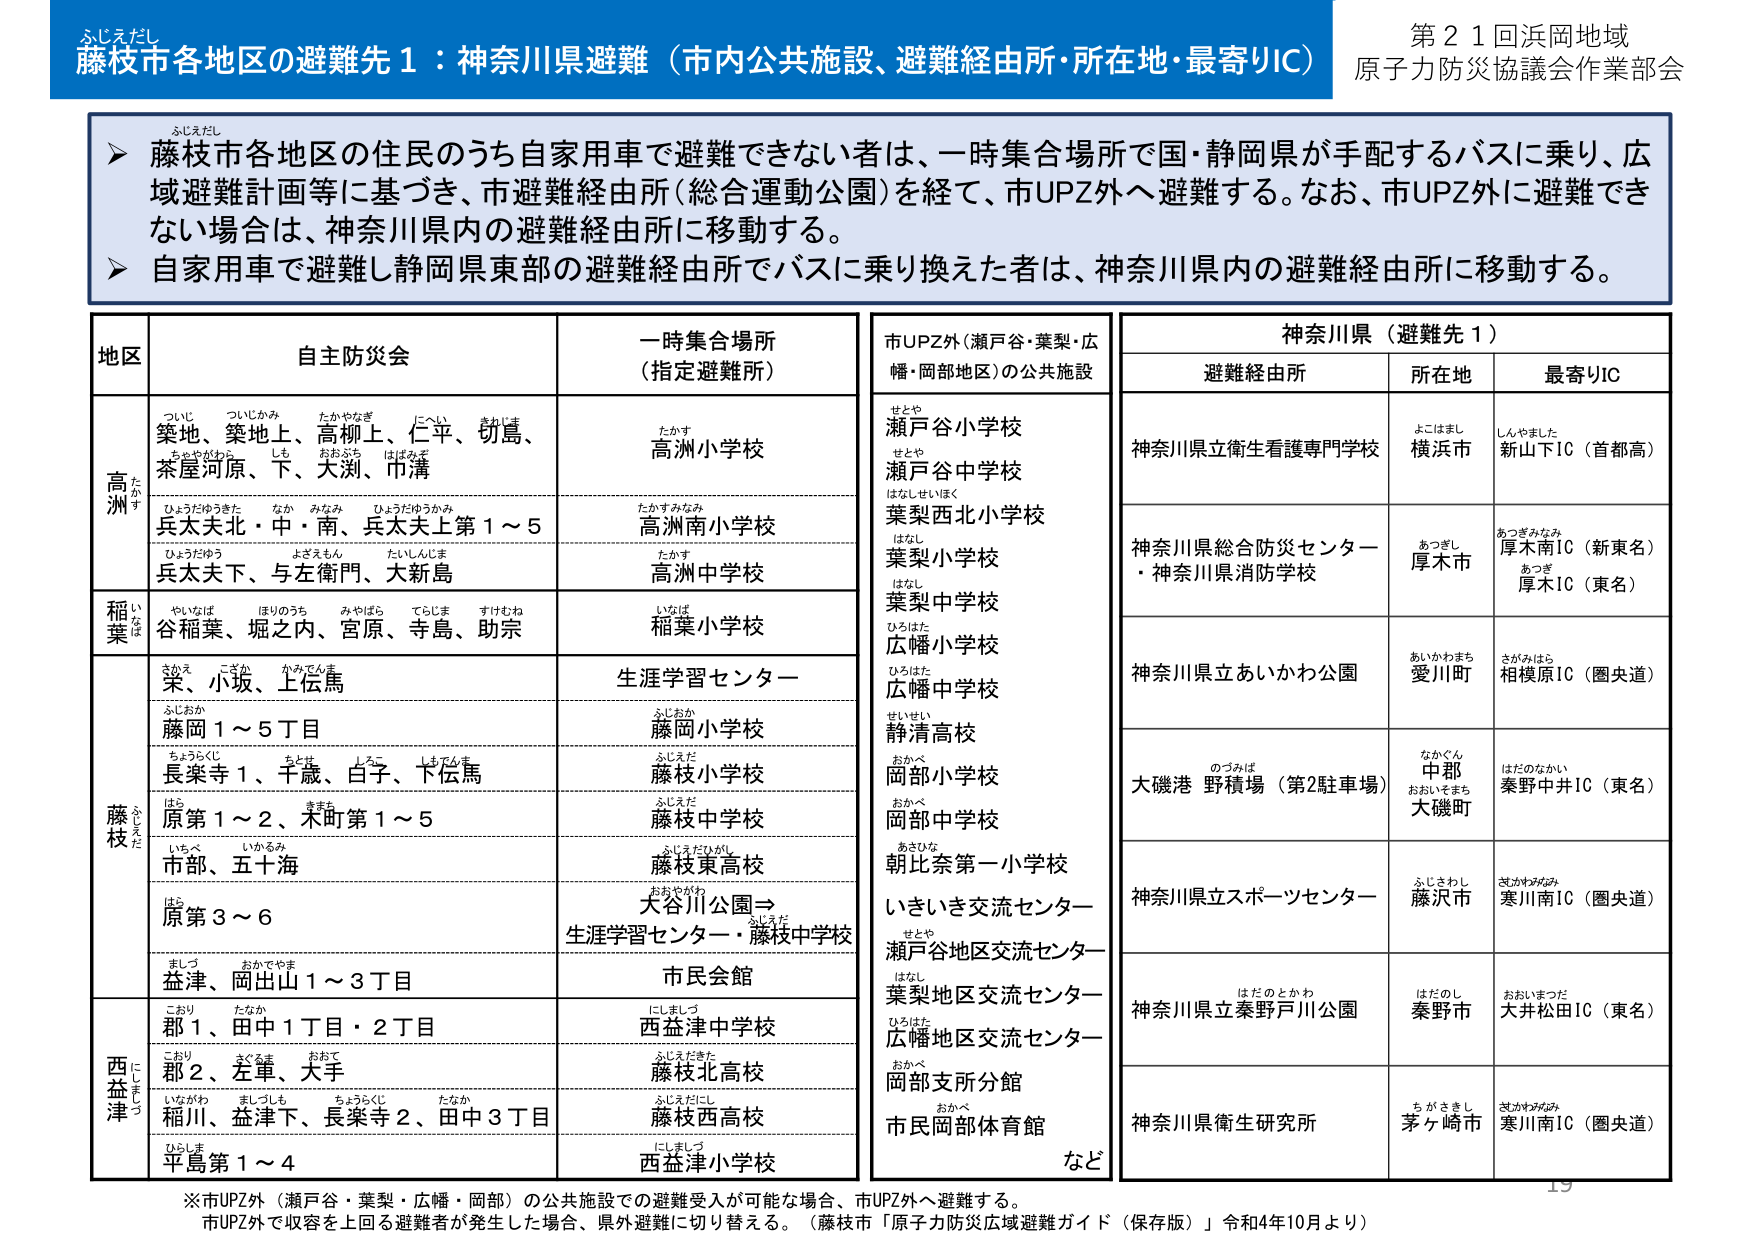
ふじえだし
藤枝市各地区の避難先１：神奈川県避難（市内公共施設、避難経由所・所在地・最寄りIC）
第２１回浜岡地域
原子力防災協議会作業部会

▶ 藤枝市各地区の住民のうち自家用車で避難できない者は、一時集合場所で国・静岡県が手配するバスに乗り、広域避難計画等に基づき、市避難経由所（総合運動公園）を経て、市UPZ外へ避難する。なお、市UPZ外に避難できない場合は、神奈川県内の避難経由所に移動する。
▶ 自家用車で避難し静岡県東部の避難経由所でバスに乗り換えた者は、神奈川県内の避難経由所に移動する。

地区　　自主防災会　　一時集合場所（指定避難所）
高洲　　築地、築地上、高柳上、仁平、切島、茶屋河原、下、大渕、巾溝　　高洲小学校
　　　　兵太夫北・中・南、兵太夫上第１～５　　高洲南小学校
　　　　兵太夫下、与左衛門、大新島　　高洲中学校
稲葉　　谷稲葉、堀之内、宮原、寺島、助宗　　稲葉小学校
　　　　栄、小坂、上伝馬　　生涯学習センター
　　　　藤岡１～５丁目　　藤岡小学校
　　　　長楽寺１、千歳、白子、下伝馬　　藤枝小学校
　　　　原第１～２、木町第１～５　　藤枝中学校
　　　　市部、五十海　　藤枝東高校
　　　　原第３～６　　大谷川公園→生涯学習センター・藤枝中学校
　　　　益津、岡出山１～３丁目　　市民会館
西益津　郡１、田中１丁目・２丁目　　西益津中学校
　　　　郡２、左軍、大手　　藤枝北高校
　　　　稲川、益津下、長楽寺２、田中３丁目　　藤枝西高校
　　　　平島第１～４　　西益津小学校

市UPZ外（瀬戸谷・葉梨・広幡・岡部地区）の公共施設
瀬戸谷小学校
瀬戸谷中学校
葉梨西北小学校
葉梨小学校
葉梨中学校
広幡学校
広幡中学校
静清高校
岡部小学校
岡部中学校
朝比奈第一小学校
いきいき交流センター
瀬戸谷地区交流センター
葉梨地区交流センター
広幡地区交流センター
岡部支所分館
市民岡部体育館
など

神奈川県（避難先１）
避難経由所　　所在地　　最寄りIC
神奈川県立衛生看護専門学校　　横浜市　　新山下IC（首都高）
神奈川県総合防災センター・神奈川県消防学校　　厚木市　　厚木南IC（新東名）　厚木IC（東名）
神奈川県立あいかわ公園　　愛川町　　相模原IC（圏央道）
大磯港 野積場（第2駐車場）　　中郡 大磯町　　秦野中井IC（東名）
神奈川県立スポーツセンター　　藤沢市　　寒川南IC（圏央道）
神奈川県立秦野戸川公園　　秦野市　　大井松田IC（東名）
神奈川県衛生研究所　　茅ヶ崎市　　寒川南IC（圏央道）

※市UPZ外（瀬戸谷・葉梨・広幡・岡部）の公共施設での避難受入が可能な場合、市UPZ外へ避難する。
市UPZ外で収容を上回る避難者が発生した場合、県外避難に切り替える。（藤枝市「原子力防災広域避難ガイド（保存版）」令和4年10月より）
19